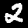
Digit: 2